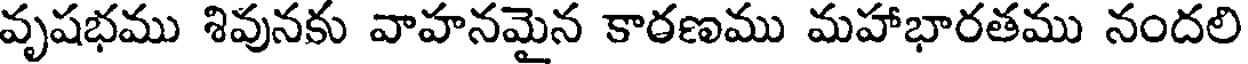
వృషభము శివునకు వాహనమైన కారణము మహాభారతము నందలి